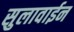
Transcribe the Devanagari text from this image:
सुलावाईन